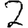
Digit: 2